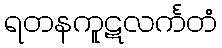
ရတနကူဋလင်္ကတံ